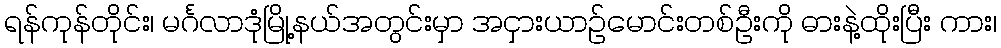
ရန်ကုန်တိုင်း၊ မင်္ဂလာဒုံမြို့နယ်အတွင်းမှာ အငှားယာဥ်မောင်းတစ်ဦးကို ဓားနဲ့ထိုးပြီး ကား၊